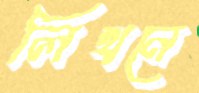
লিখনে